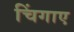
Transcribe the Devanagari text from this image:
चिंगाए